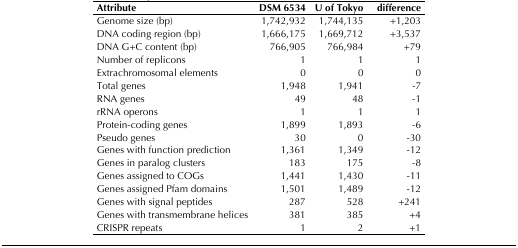
| Attribute | DSM 6534 | U of Tokyo | difference |
 | --- | --- | --- | --- |
 | Genome size (bp) | 1,742,932 | 1,744,135 | +1,203 |
 | DNA coding region (bp) | 1,666,175 | 1,669,712 | +3,537 |
 | DNA G+C content (bp) | 766,905 | 766,984 | +79 |
 | Number of replicons | 1 | 1 | 1 |
 | Extrachromosomal elements | 0 | 0 | 0 |
 | Total genes | 1,948 | 1,941 | -7 |
 | RNA genes | 49 | 48 | -1 |
 | rRNA operons | 1 | 1 | 1 |
 | Protein-coding genes | 1,899 | 1,893 | -6 |
 | Pseudo genes | 30 | 0 | -30 |
 | Genes with function prediction | 1,361 | 1,349 | -12 |
 | Genes in paralog clusters | 183 | 175 | -8 |
 | Genes assigned to COGs | 1,441 | 1,430 | -11 |
 | Genes assigned Pfam domains | 1,501 | 1,489 | -12 |
 | Genes with signal peptides | 287 | 528 | +241 |
 | Genes with transmembrane helices | 381 | 385 | +4 |
 | CRISPR repeats | 1 | 2 | +1 |